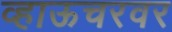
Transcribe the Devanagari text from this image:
व्हाऊचरवर